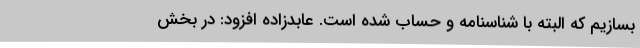
بسازیم که البته با شناسنامه و حساب شده است. عابدزاده افزود: در بخش